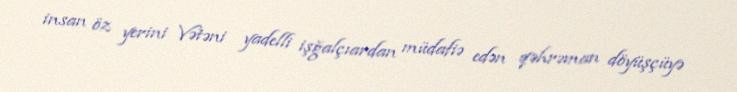
insan öz yerini Vətəni yadelli işğalçıardan müdafiə edən qəhrəman döyüşçüyə